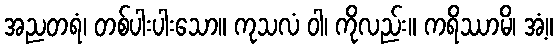
အညတရံ၊ တစ်ပါးပါးသော။ ကုသလံ ဝါ၊ ကိုလည်း။ ကရိဿာမိ၊ အံ့။